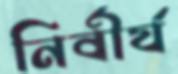
নির্বীর্য